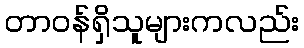
တာဝန်ရှိသူများကလည်း